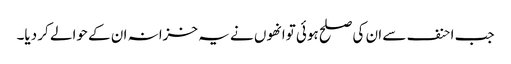
جب احنف سے ان کی صلح ہوئی توانھوں نے یہ خزانہ ان کے حوالے کر دیا۔